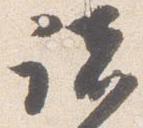
諸